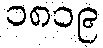
၁၈၁၉